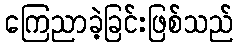
ကြေညာခဲ့ခြင်းဖြစ်သည်